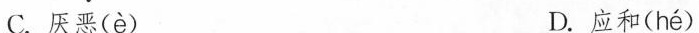
C.厌恶(è) D.应和( hé )